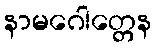
နာမဂေါတ္တေန